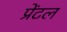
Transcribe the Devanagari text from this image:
प्रेंटल